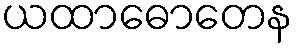
ယထာဓောတေန